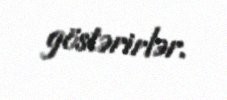
göstərirlər.